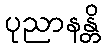
ပုညာနန္တိ